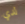
لدي